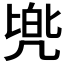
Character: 𫥡